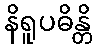
နိရူပဓိန္တိ